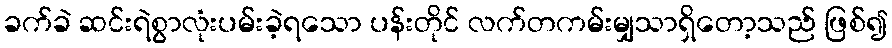
ခက်ခဲ ဆင်းရဲစွာလုံးပမ်းခဲ့ရသော ပန်းတိုင် လက်တကမ်းမျှသာရှိတော့သည် ဖြစ်၍